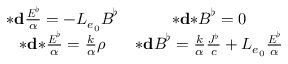
\begin{array} { c c } { { \boldsymbol { * } } \mathbf { d } \frac { \boldsymbol { E } ^ { \flat } } { \alpha } = - L _ { e _ { 0 } } \boldsymbol { B } ^ { \flat } } & { { \boldsymbol { * } } \mathbf { d } { \boldsymbol { * } } \boldsymbol { B } ^ { \flat } = 0 } \\ { { \boldsymbol { * } } \mathbf { d } { \boldsymbol { * } } \frac { \boldsymbol { E } ^ { \flat } } { \alpha } = \frac { k } { \alpha } \rho } & { { \boldsymbol { * } } \mathbf { d } \boldsymbol { B } ^ { \flat } = \frac { k } { \alpha } \frac { \boldsymbol { J ^ { \flat } } } { c } + L _ { e _ { 0 } } \frac { \boldsymbol { E } ^ { \flat } } { \alpha } } \end{array}